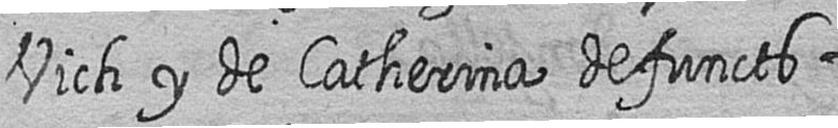
Vich y de Catherina defuncts